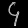
Digit: ၄